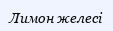
Лимон желесі